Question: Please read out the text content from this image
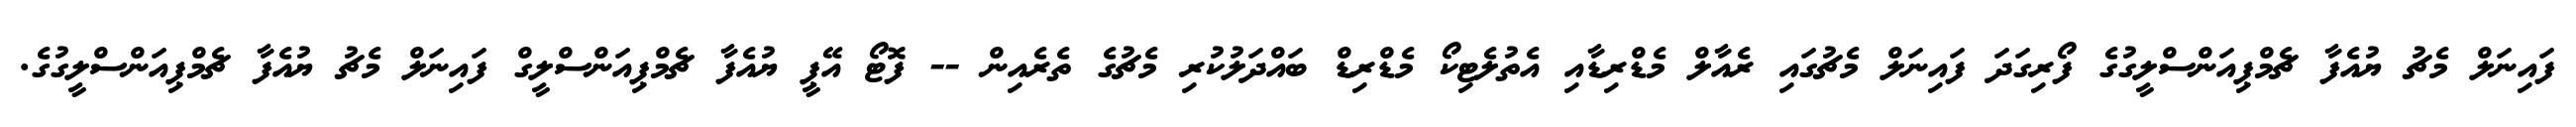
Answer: ފައިނަލް މެޗު ޔުއެފާ ޗެމްޕިއަންސްލީގުގެ ފޯރިގަދަ ފައިނަލް މެޗުގައި ރެއާލް މެޑްރިޑާއި އެތުލެޓިކޯ މެޑްރިޑް ބައްދަލުކުރި މެޗުގެ ތެރެއިން -- ފޮޓޯ އޭޕީ ޔުއެފާ ޗެމްޕިއަންސްލީގް ފައިނަލް މެޗު ޔުއެފާ ޗެމްޕިއަންސްލީގުގެ.